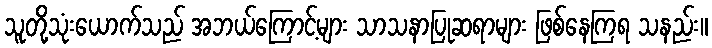
သူတို့သုံးယောက်သည် အဘယ်ကြောင့်များ သာသနာပြုဆရာများ ဖြစ်နေကြရ သနည်း။